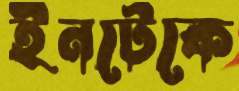
ইনটেকে